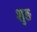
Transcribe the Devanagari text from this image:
शुङ